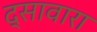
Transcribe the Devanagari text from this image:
द्सावारा